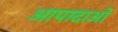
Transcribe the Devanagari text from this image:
आपादाओं